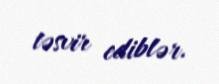
təsvir ediblər.